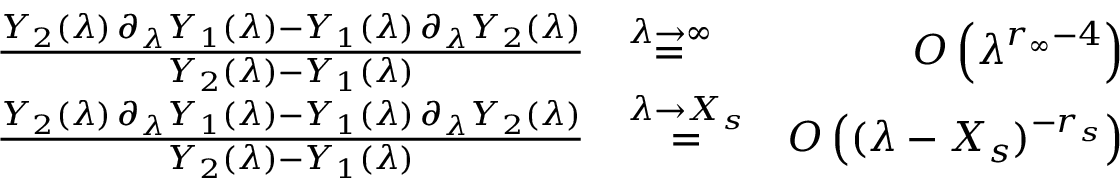
\begin{array} { r l r } { \frac { Y _ { 2 } ( \lambda ) \, \partial _ { \lambda } Y _ { 1 } ( \lambda ) - Y _ { 1 } ( \lambda ) \, \partial _ { \lambda } Y _ { 2 } ( \lambda ) } { Y _ { 2 } ( \lambda ) - Y _ { 1 } ( \lambda ) } } & { \overset { \lambda \to \infty } { = } } & { O \left( \lambda ^ { r _ { \infty } - 4 } \right) } \\ { \frac { Y _ { 2 } ( \lambda ) \, \partial _ { \lambda } Y _ { 1 } ( \lambda ) - Y _ { 1 } ( \lambda ) \, \partial _ { \lambda } Y _ { 2 } ( \lambda ) } { Y _ { 2 } ( \lambda ) - Y _ { 1 } ( \lambda ) } } & { \overset { \lambda \to X _ { s } } { = } } & { O \left( ( \lambda - X _ { s } ) ^ { - r _ { s } } \right) } \end{array}